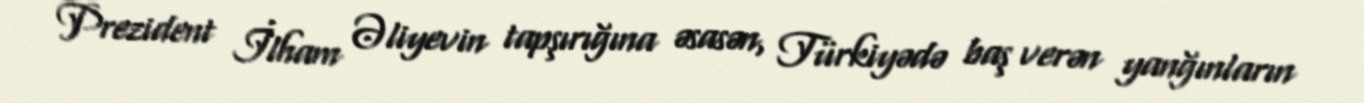
Prezident İlham Əliyevin tapşırığına əsasən, Türkiyədə baş verən yanğınların